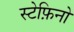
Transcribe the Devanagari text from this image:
स्टेफ़िनो